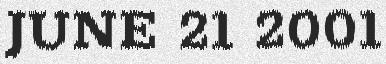
JUNE 21 2001